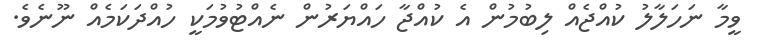
ވީމާ ނަހަލާލު ކުއްޖެއް ލިބުމުން އެ ކުއްޖާ ހައްޔަރުން ނެއްޓުވުމަކީ ހުއްދަކަމެއް ނޫނެވެ.